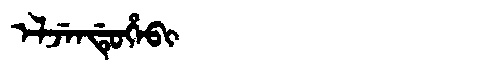
Manchu: ᡝᠯᠵᡝᠨᡩᡠᡥᡝᠪᡳ
Romanization: ELJENDUHEBI